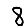
Digit: 8